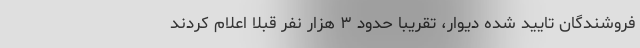
فروشندگان تایید شده دیوار، تقریبا حدود ۳ هزار نفر قبلا اعلام کردند